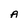
Character: A